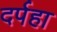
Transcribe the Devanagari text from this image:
दर्पहा